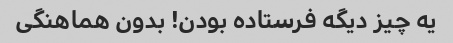
یه چیز دیگه فرستاده بودن! بدون هماهنگی